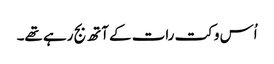
اُس وکت رات کے آتھ بج رہے تھے۔